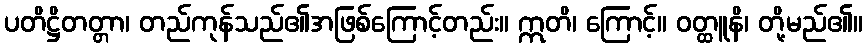
ပတိဋ္ဌိတတ္တာ၊ တည်ကုန်သည်၏အဖြစ်ကြောင့်တည်း။ ဣတိ၊ ကြောင့်။ ဝတ္ထူနိ၊ တို့မည်၏။